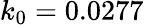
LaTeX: k_{0}=0.0277